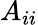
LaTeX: A_{ii}